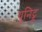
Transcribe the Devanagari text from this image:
युनिट्ड